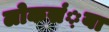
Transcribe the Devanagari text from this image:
लोकसं़या